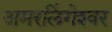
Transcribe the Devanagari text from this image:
अमरलिंगेश्‍वर